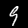
Digit: 9